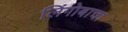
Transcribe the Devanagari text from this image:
लिंगोबाचा